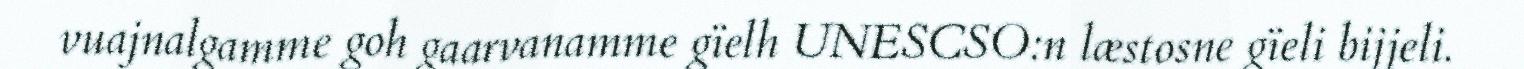
vuajnalgamme goh gaarvanamme gïelh UNESCSO:n læstosne gïeli bijjeli.